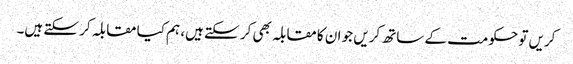
کریں تو حکومت کے ساتھ کریں جو ان کا مقابلہ بھی کر سکتے ہیں، ہم کیا مقابلہ کر سکتے ہیں۔